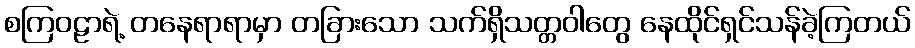
စကြဝဠာရဲ့ တနေရာရာမှာ တခြားသော သက်ရှိသတ္တဝါတွေ နေထိုင်ရှင်သန်ခဲ့ကြတယ်